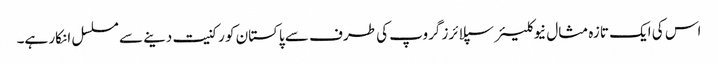
اس کی ایک تازہ مثال نیوکلیئر سپلائرز گروپ کی طرف سے پاکستان کو رکنیت دینے سے مسلسل انکار ہے۔